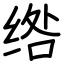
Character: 绺